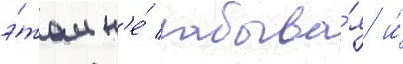
э́том н'е́ забыва́я и́